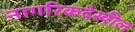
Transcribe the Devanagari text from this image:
नागरिकदेखील